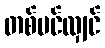
တစ်ပင်လျှင်